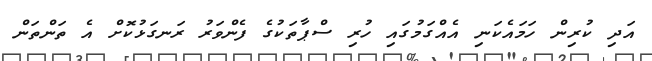
އަދި ކުރިން ހަމައެކަނި އެއްގަމުގައި ހުރި ސްޕާތަކުގެ ފެންވަރު ރަނގަޅުކޮށް އެ ތަންތަން